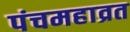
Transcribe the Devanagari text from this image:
पंचमहाव्रत